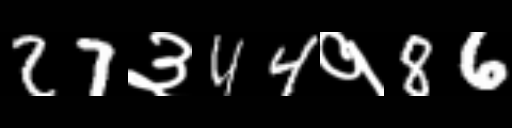
Text: 27३44१86